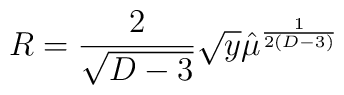
R={2 \over \sqrt {D-3}} \sqrt y \hat \mu^{1\over 2(D-3)}